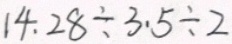
1 4 . 2 8 \div 3 . 5 \div 2